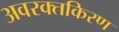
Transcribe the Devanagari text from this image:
अवरक्तकिरण